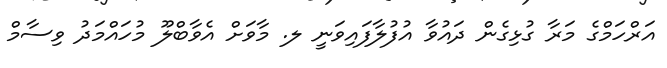
އަރްހަމްގެ މަރާ ގުޅިގެން ދައުވާ އުފުލާފައިވަނީ ލ. މާވަށް އެވާބްލޫ މުހައްމަދު ވިސާމް